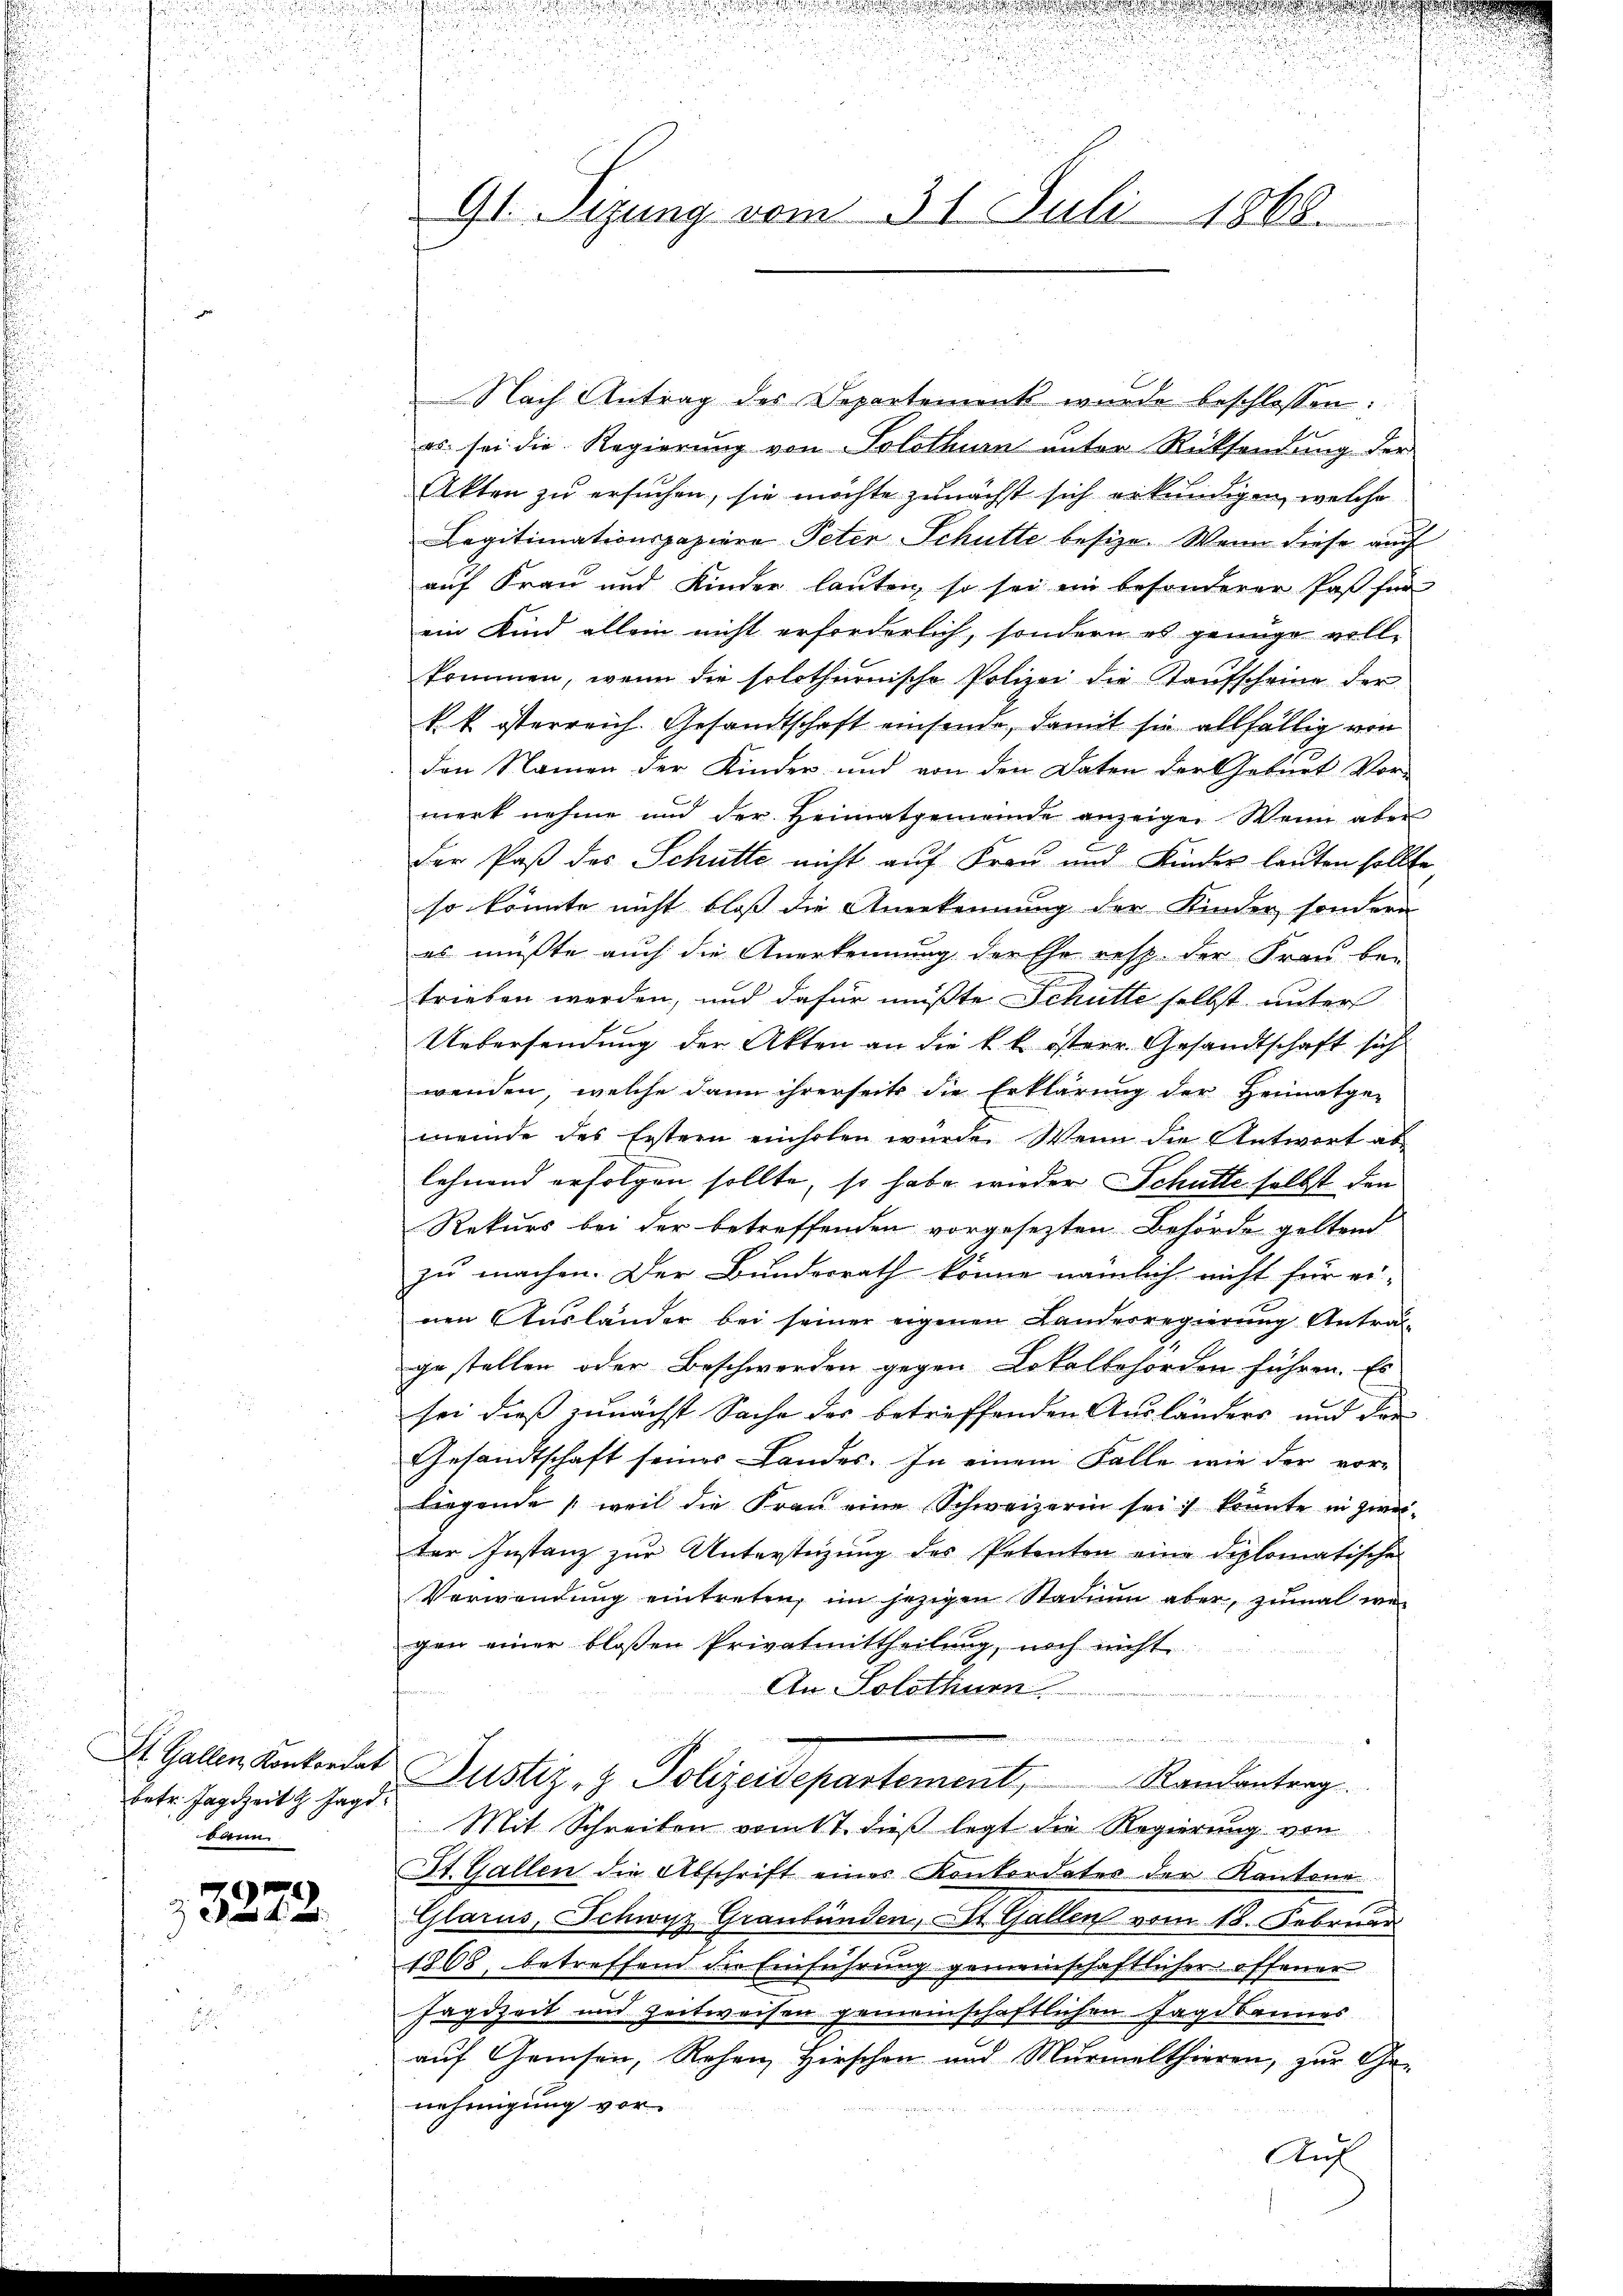
betr. Jagdzeit Jagd
dann

3272.

Gl. Tizung vom 31. Juli 1868.

e

Nach Antrag des Departement wurde beschlossen:
es sei die Regierung von Solothurn unter Rücksendung der
Akten zu ersuchen, sie möchte zunächst sich erkundigen, welche
Legitimationspaziere Peter Schütte besize. Wenn diese auch
auf Frau und Kinder lauten, so sei ein besonderer Paß für
ein Kind allein nicht erforderlich, sondern es genüge vollkommen, wenn die solothurnische Polizei die Kaufscheine der
k. k. österreich. Gesandtschaft einsende, damit sie allfällig von
den Namen der Kinder und von den Daten der Geburt Vor-
merk nehme und der Heimatgemeinde anzeigen. Wenn aber
der Paß des Schütte nicht auf Frau und Kinder lauten sollte
so könnte nicht bloß die Anerkennung der Kinder sondern
es mußte auch die Anerkennung der Ehe resp. der Frau be-
trieben werden, und dafür mußte Schütte selbst unter
Uebersendung der Akten an die k. k. österr. Gesandtschaft sich
wenden, welche dann ihrerseits die Erklärung der Heimatge-
meinde des Erstern einholen würde. Wenn die Antwort ab
lehnend erfolgen sollte, so habe wieder Schütte selbst den
Rekurs bei der betreffenden vorgesezten Behörde geltend
zu machen. Der Bundesrath könne nämlich nicht für ei-
nen Ausländer bei seiner eigenen Landesregierung Antrag-
gestellen oder Beschwerden gegen Lokalbehörden führen. Es
sei dieß zunächst Sache des betreffenden Ausländers und der
Gesandtschaft seines Landes. In einem Falle wie der vor-
liegende weil die Fraŭ eine Schweizerin sei, konnte in zwei-
ter Instanz zur Unterstützung des Petenten eine diplomatische
Verwendung eintreten, im jezigen Stadin aber, zumal we
gen einer bloßen Privatmittheilung, noch nicht
An Solothurn
f
m
u
St. Gallen Konkordat Justiz- & Polizeidepartement, Randantrag.
Mit Schreiben vom 11. dieß legt die Regierung von
St. Gallen die Abschrift eines Konkordates der Kantone
Glarus, Schwyz Graubünden, St. Gallen vom 18. Februar
1808, betreffend die Einführung gemeinschaftlicher offener
Fagdzeit und Zeitweisen gemeinschaftlichen Jagdbannes
auf Geisen, Rehen Hirschen und Murmelthieren, zur Ge-
nehmigung vor
Auf

d